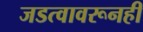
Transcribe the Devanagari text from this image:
जडत्वावरूनही